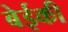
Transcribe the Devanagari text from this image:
बेईकी